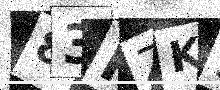
Text: 83KZK5